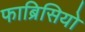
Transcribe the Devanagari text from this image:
फाब्रिसियो